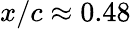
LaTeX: x/c\approx 0.48